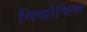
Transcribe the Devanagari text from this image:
विद्योचित्त